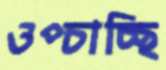
ওপ্‌চাচ্ছি